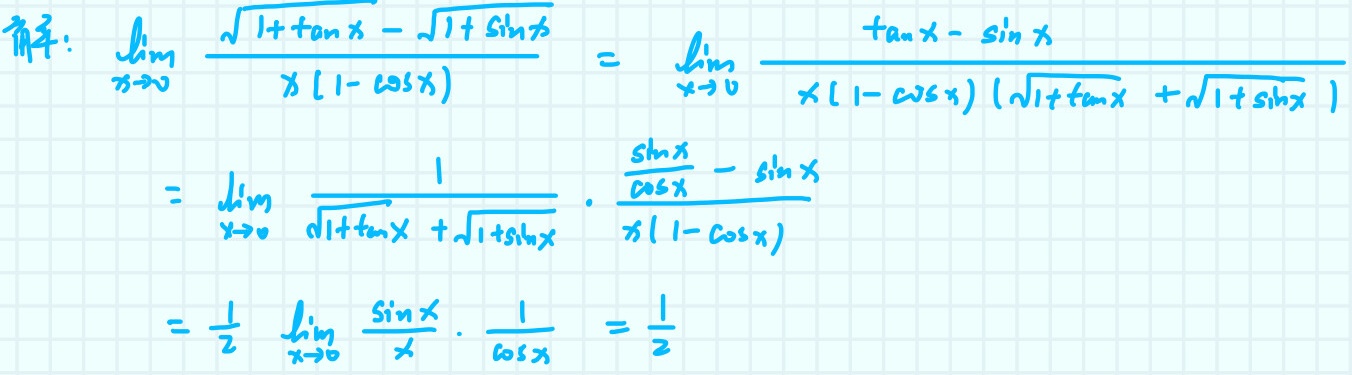
解:
\[
\begin{align*}
&\lim_{x \to 0}\frac{\sqrt{1 + \tan x}-\sqrt{1+\sin x}}{x(1 - \cos x)}\\
=&\lim_{x \to 0}\frac{\tan x-\sin x}{x(1 - \cos x)(\sqrt{1 + \tan x}+\sqrt{1+\sin x})}\\
=&\lim_{x \to 0}\frac{1}{\sqrt{1 + \tan x}+\sqrt{1+\sin x}}\cdot\frac{\frac{\sin x}{\cos x}-\sin x}{x(1 - \cos x)}\\
=&\frac{1}{2}\lim_{x \to 0}\frac{\sin x}{x}\cdot\frac{1}{\cos x}\\
=&\frac{1}{2}
\end{align*}
\]